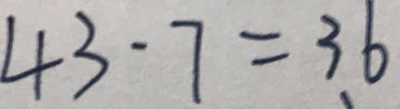
4 3 - 7 = 3 6